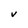
Character: V